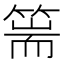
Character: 篅